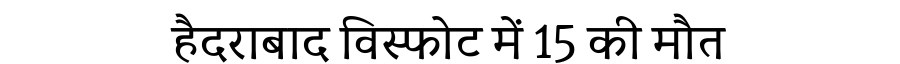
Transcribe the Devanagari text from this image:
हैदराबाद विस्फोट में 15 की मौत